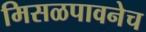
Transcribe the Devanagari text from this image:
मिसळपावनेच